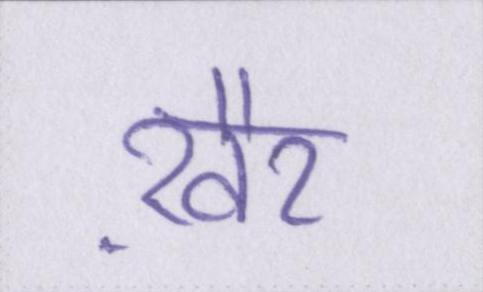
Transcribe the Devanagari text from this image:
ख़ैर